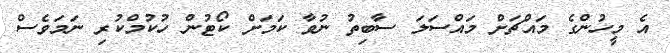
އެ މީހުންގެ މައްޗަށް މައްސަލަ ސާބިތު ނުވާ ކަމަށް ކޯޓުން ހުކުމްކުރި ނަމަވެސް